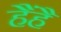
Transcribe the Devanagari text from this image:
हैंहै